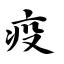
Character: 疫